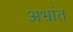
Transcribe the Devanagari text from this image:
अभ्रांत